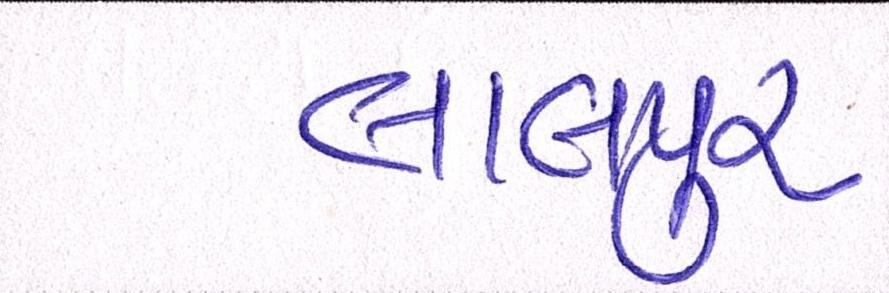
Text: લાલપુર